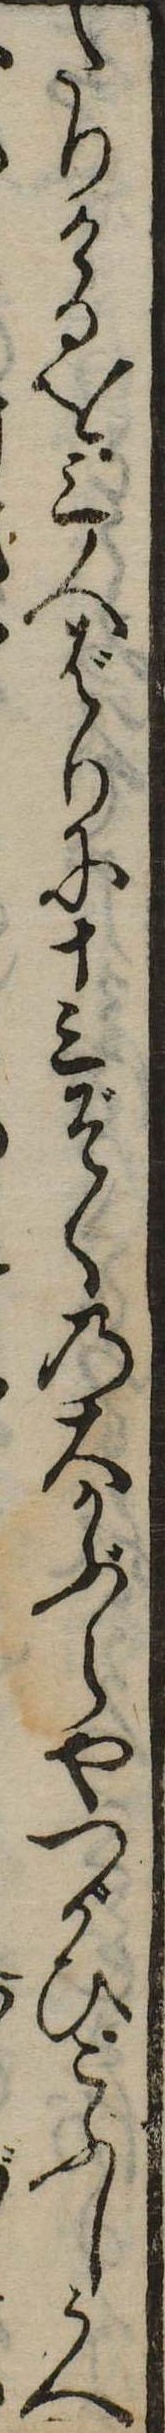
たりけるを三人ばりに十三ぞくの大かぶらやつがひこぶしうへ